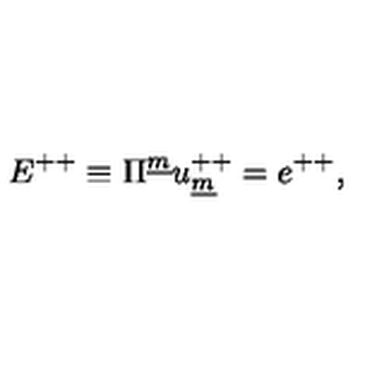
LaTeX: E ^ { + + } \equiv \Pi ^ { \underline { m } } u _ { \underline { m } } ^ { + + } = e ^ { + + } ,